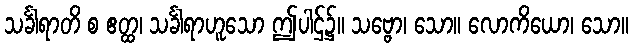
သင်္ခါရာတိ စ ဧတ္ထ၊ သင်္ခါရာဟူသော ဤပါဌ်၌။ သဗ္ဗော၊ သော။ လောကိယော၊ သော။